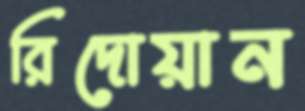
রিদোয়ান